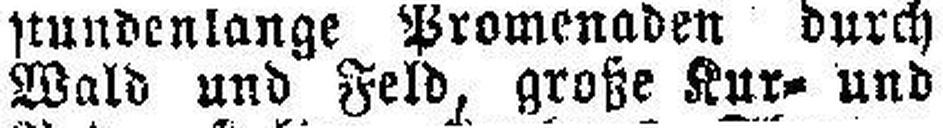
Wald und Feld, große Kur- und